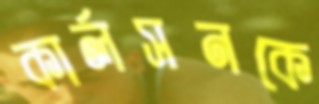
কার্লসনকে